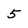
Character: 5